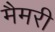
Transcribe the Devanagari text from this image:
मैमरी